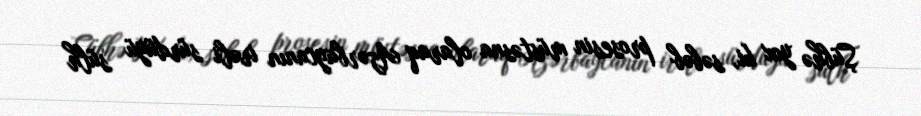
Şübhə yox ki, səbəb prosesin müstəsna olaraq Azərbaycanın irəli sürdüyü sülh